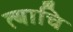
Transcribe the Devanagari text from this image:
त्याचि